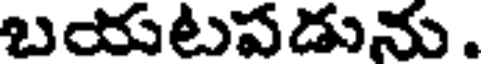
బయటపడును .